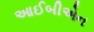
આઈબીએન